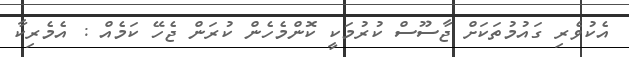
އެކުވެރި ގައުމުތަކަށް ޖާސޫސް ކުރުމަކީ ކޮންމެހެން ކުރަން ޖެހޭ ކަމެއް : އެމެރިކާ